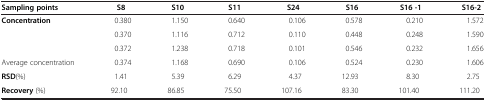
| Sampling points | S8 | S10 | S11 | S24 | S16 | S16 -1 | S16-2 |
 | --- | --- | --- | --- | --- | --- | --- | --- |
 | <ROWSPAN=3> Concentration | 0.380 | 1.150 | 0.640 | 0.106 | 0.578 | 0.210 | 1.572 |
 | 0.370 | 1.116 | 0.712 | 0.110 | 0.448 | 0.248 | 1.590 |
 | 0.372 | 1.238 | 0.718 | 0.101 | 0.546 | 0.232 | 1.656 |
 | Average concentration | 0.374 | 1.168 | 0.690 | 0.106 | 0.524 | 0.230 | 1.606 |
 | RSD(%) | 1.41 | 5.39 | 6.29 | 4.37 | 12.93 | 8.30 | 2.75 |
 | Recovery (%) | 92.10 | 86.85 | 75.50 | 107.16 | 83.30 | 101.40 | 111.20 |